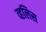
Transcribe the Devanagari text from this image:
व्हलिस